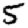
Digit: 5